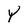
Character: Y